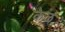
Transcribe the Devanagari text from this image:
केळं